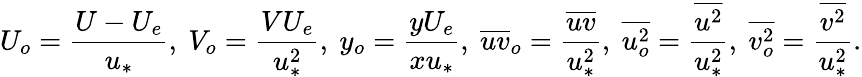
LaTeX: U_{o}=\frac{U-U_{e}}{u_{*}},\ V_{o}=\frac{VU_{e}}{u_{*}^{2}},\ y_{o}=\frac{yU_{e}}{xu_{*}},\ \overline{{uv}}_{o}=\frac{\overline{{uv}}}{u_{*}^{2}},\ \overline{{u_{o}^{2}}}=\frac{\overline{{u^{2}}}}{u_{*}^{2}},\ \overline{{v_{o}^{2}}}=\frac{\overline{{v^{2}}}}{u_{*}^{2}}.